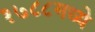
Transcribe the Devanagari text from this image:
१७८८मध्ये